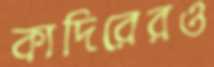
কাদিরেরও